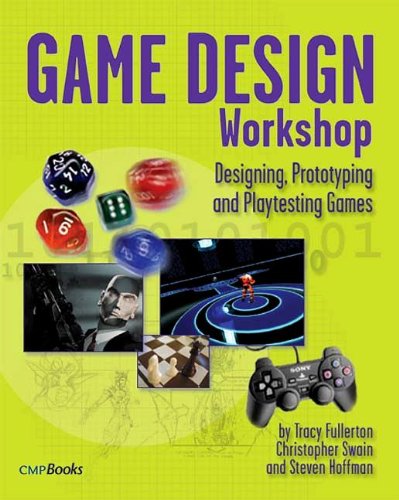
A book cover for Game Design Workshop: Designing, Prototyping, & Playtesting Games (Gama Network Series); Tracy Fullerton; Computers & Technology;